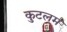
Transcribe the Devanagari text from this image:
कुटलम